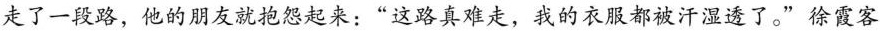
走了一段路，他的朋友就抱怨起来：”这路真难走，我的衣服都被汗湿透了。”徐霞客